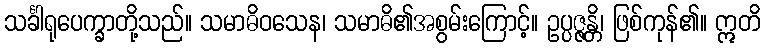
သင်္ခါရုပေက္ခာတို့သည်။ သမာဓိဝသေန၊ သမာဓိ၏အစွမ်းကြောင့်။ ဥပ္ပဇ္ဇန္တိ၊ ဖြစ်ကုန်၏။ ဣတိ